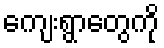
ကျေးရွာတွေကို